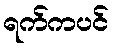
ရက်ကပင်